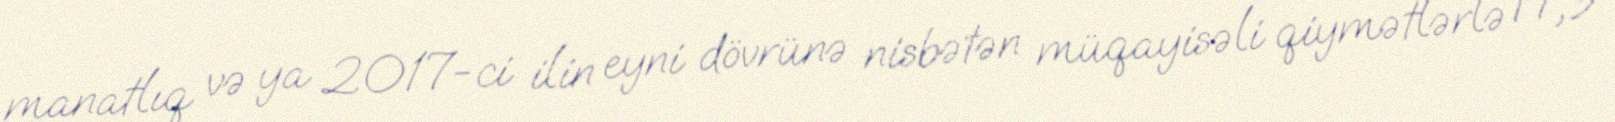
manatlıq və ya 2017-ci ilin eyni dövrünə nisbətən müqayisəli qiymətlərlə 17,9